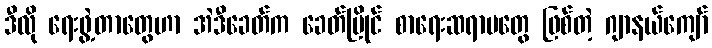
ဒီလို ရေးဖွဲ့တာတွေဟာ အဲဒီခေတ်က ခေတ်ပြိုင် စာရေးဆရာမတွေ ဖြစ်တဲ့ ဂျာနယ်ကျော်